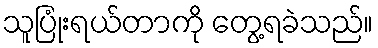
သူပြုံးရယ်တာကို တွေ့ရခဲသည်။